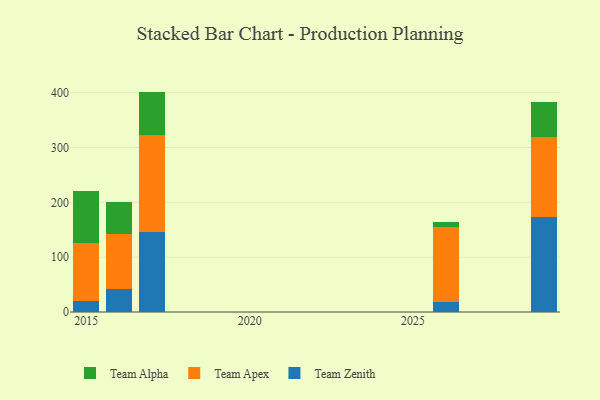
{"axis": {"x": "Year", "y": "Website Visitors"}, "legend": ["Team Alpha", "Team Apex", "Team Zenith"], "data": [{"x": "2029", "y": 172.4, "type": "Team Zenith"}, {"x": "2029", "y": 146.7, "type": "Team Apex"}, {"x": "2029", "y": 63.6, "type": "Team Alpha"}, {"x": "2017", "y": 146.1, "type": "Team Zenith"}, {"x": "2017", "y": 176.6, "type": "Team Apex"}, {"x": "2017", "y": 79.3, "type": "Team Alpha"}, {"x": "2015", "y": 20.6, "type": "Team Zenith"}, {"x": "2015", "y": 105.2, "type": "Team Apex"}, {"x": "2015", "y": 94.8, "type": "Team Alpha"}, {"x": "2026", "y": 18.8, "type": "Team Zenith"}, {"x": "2026", "y": 135.7, "type": "Team Apex"}, {"x": "2026", "y": 10.2, "type": "Team Alpha"}, {"x": "2016", "y": 41.6, "type": "Team Zenith"}, {"x": "2016", "y": 100.2, "type": "Team Apex"}, {"x": "2016", "y": 59.2, "type": "Team Alpha"}]}